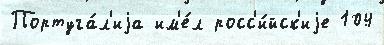
Португа́л'иjа им'е́л росс'и́йск'иjе 104